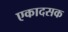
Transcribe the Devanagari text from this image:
एकादसक